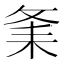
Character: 𦓫